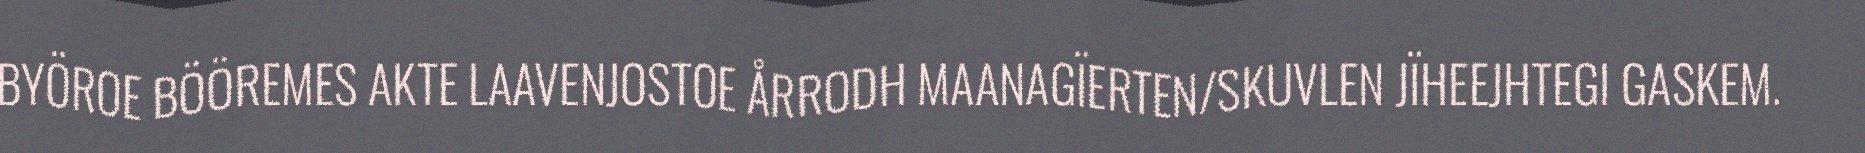
BYÖROE BÖÖREMES AKTE LAAVENJOSTOE ÅRRODH MAANAGÏERTEN/SKUVLEN JÏHEEJHTEGI GASKEM.